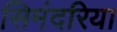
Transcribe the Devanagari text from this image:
सिमंदरिया